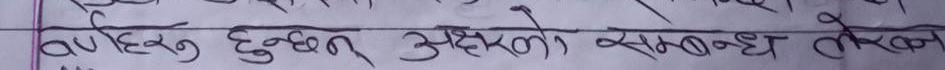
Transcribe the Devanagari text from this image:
बर्णहरू हुन्छन अक्षरको सम्बन्ध लेख्न